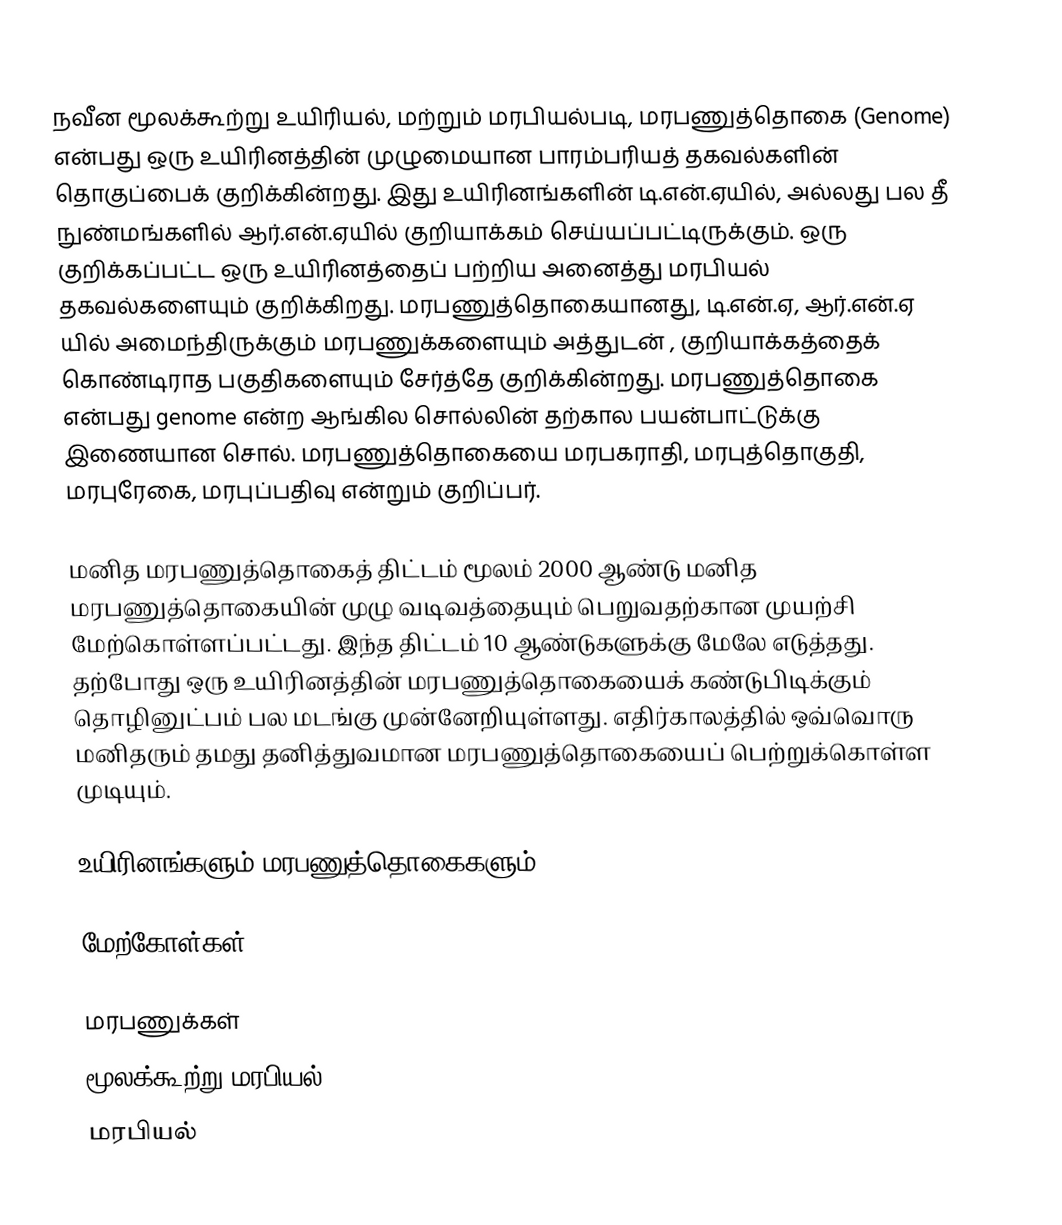
நவீன மூலக்கூற்று உயிரியல், மற்றும் மரபியல்படி, மரபணுத்தொகை (Genome) என்பது ஒரு உயிரினத்தின் முழுமையான பாரம்பரியத் தகவல்களின் தொகுப்பைக் குறிக்கின்றது. இது உயிரினங்களின் டி.என்.ஏயில், அல்லது பல தீ நுண்மங்களில் ஆர்.என்.ஏயில் குறியாக்கம் செய்யப்பட்டிருக்கும். ஒரு குறிக்கப்பட்ட ஒரு உயிரினத்தைப் பற்றிய அனைத்து மரபியல் தகவல்களையும் குறிக்கிறது. மரபணுத்தொகையானது, டி.என்.ஏ, ஆர்.என்.ஏ யில் அமைந்திருக்கும் மரபணுக்களையும் அத்துடன் , குறியாக்கத்தைக் கொண்டிராத பகுதிகளையும் சேர்த்தே குறிக்கின்றது. மரபணுத்தொகை என்பது genome என்ற ஆங்கில சொல்லின் தற்கால பயன்பாட்டுக்கு இணையான சொல். மரபணுத்தொகையை மரபகராதி, மரபுத்தொகுதி, மரபுரேகை, மரபுப்பதிவு என்றும் குறிப்பர்.

மனித மரபணுத்தொகைத் திட்டம் மூலம் 2000 ஆண்டு மனித மரபணுத்தொகையின் முழு வடிவத்தையும் பெறுவதற்கான முயற்சி மேற்கொள்ளப்பட்டது. இந்த திட்டம் 10 ஆண்டுகளுக்கு மேலே எடுத்தது. தற்போது ஒரு உயிரினத்தின் மரபணுத்தொகையைக் கண்டுபிடிக்கும் தொழினுட்பம் பல மடங்கு முன்னேறியுள்ளது. எதிர்காலத்தில் ஒவ்வொரு மனிதரும் தமது தனித்துவமான மரபணுத்தொகையைப் பெற்றுக்கொள்ள முடியும்.

உயிரினங்களும் மரபணுத்தொகைகளும்

மேற்கோள்கள்

மரபணுக்கள்
மூலக்கூற்று மரபியல்
மரபியல்